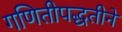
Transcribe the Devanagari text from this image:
गणितीपद्धतीने